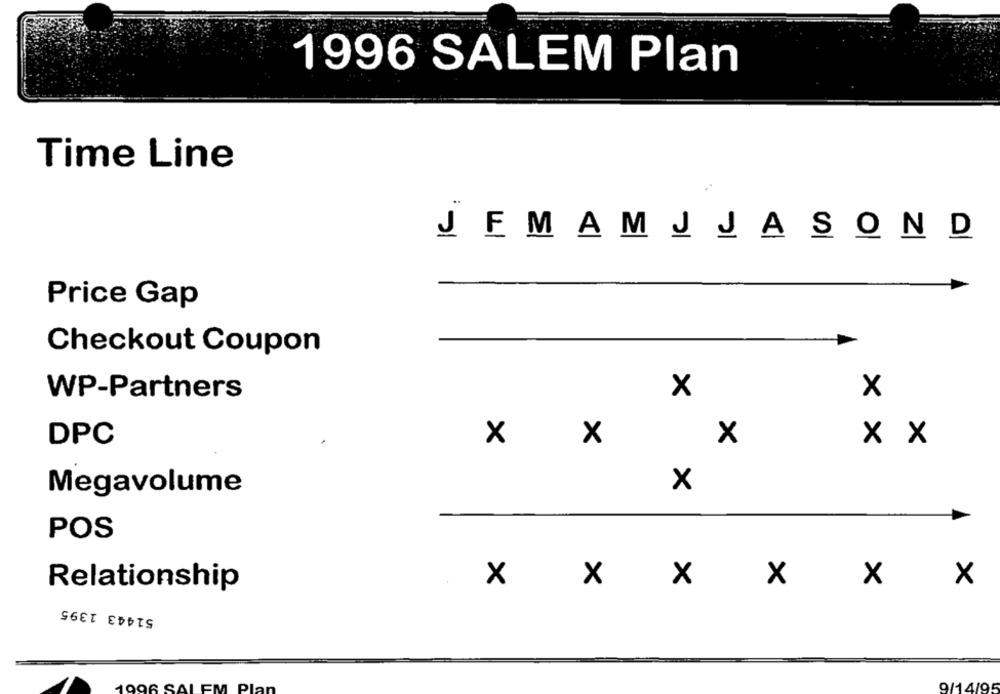
1996 SALEM Plan
Time Line
JFMAMJJASOND
Price Gap
Checkout Coupon
WP-Partners
x
x
DPC
×
x x
x x
Megavolume
X
POS
x
£
Relationship
X
X
x
x
x
51443 1395
9/14/95
1996 SALEM Plan